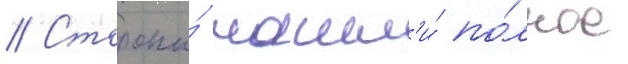
// Стороны́ нашл'и́ по́лное